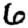
Digit: 6